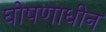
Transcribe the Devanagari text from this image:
घोषणाधीन